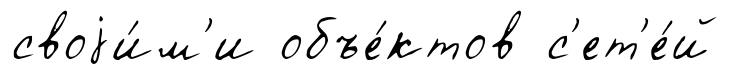
своjи́м'и объе́ктов с'ет'е́й